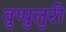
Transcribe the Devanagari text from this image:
वुप्पुलुरी